Lunatic asylums Punjab 1881-1894 - 1881-1894
Year: 1881
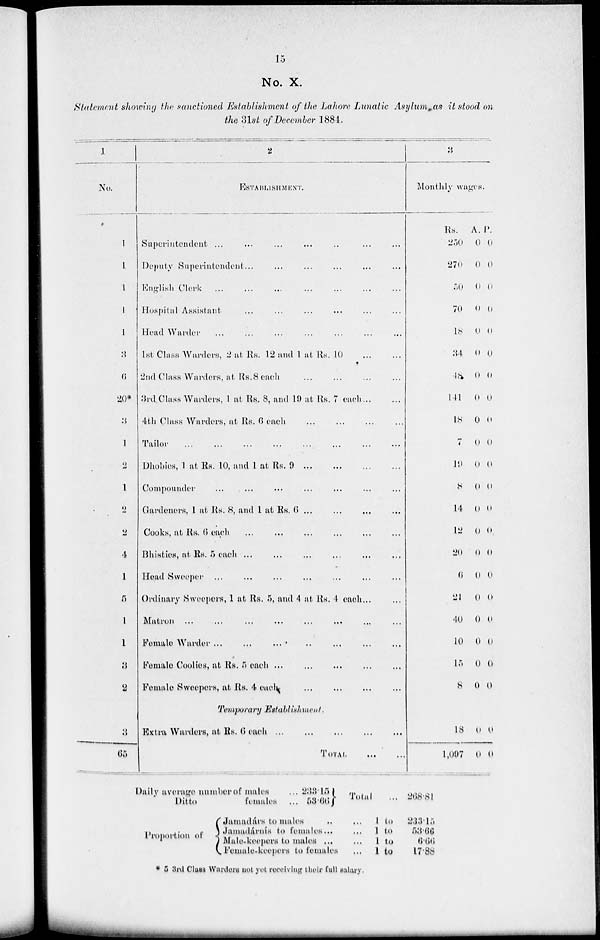
15
No. X.
Statement showing the sanctioned Establishment of the Lahore Lunatic Asylum as it stood on
the 31st of December 1884.
1
No.
1
1
1
1
1
3
6
20*
3
1
2
1
2
2
4
1
5
1
1
3
2
3
65
2
ESTABLISHMENT.
Superintendent ... ... ... ... ... ... ...
Deputy Superintendent... ... ... ... ... ...
English Clerk
...
...
...
...
...
...
...
Hospital Assistant ... ... ... ... ... ...
Head Warder
...
...
...
...
...
...
...
1st Class Warders, 2 at Rs. 12 and 1 at Rs. 10
...
...
2nd Class Warders, at Rs. 8 each ... ... ... ...
3rd Class Warders, 1 at Rs. 8, and 19 at Rs. 7
each... ...
4th Class Warders, at Rs. 6 each
...
...
...
...
Tailor
...
...
...
...
...
...
...
Dhobies, 1 at Rs. 10, and 1 at Rs. 9
...
...
...
...
Compounder ... ... ... ... ... ... ...
Gardeners, 1 at Rs. 8, and 1 at Rs. 6
...
...
...
...
Cooks, at Rs. 6 each
...
...
...
...
...
...
...
Bhisties, at Rs. 5 each
...
...
...
...
...
...
...
Head Sweeper
...
...
...
...
...
...
...
...
Ordinary Sweepers, 1 at Rs. 5, and 4 at Rs. 4
each... ...
Matron
...
...
...
...
...
...
...
Female
Warder
...
...
...
...
...
...
...
Female Coolies, at Rs. 5 each
...
...
...
...
...
Female Sweepers, at Rs. 4
each
...
...
...
...
3
Monthly wages.
Rs.
250
270
50
70
18
34
48
141
18
7
19
8
14
12
20
6
21
40
10
15
8
A.
0
0
0
0
0
0
0
0
0
0
0
0
0
0
0
0
0
0
0
0
0
P.
0
0
0
0
0
0
0
0
0
0
0
0
0
0
0
0
0
0
0
0
0
Temporary Establishment.
Extra Warders, at Rs. 6 each ... ... ... ... ...
TOTAL
...
...
18
1,097
0
0
0
0
Daily average number of males ...
Ditto
females ...
Proportion of
233.15
53.66
Jamadárs to males ...
Jamadárnis to females ...
5 Male-keepers to males ...
Female-keepers to females
Total
... 1 to
... 1 to
... 1 to
... 1 to
268.81
233.15
53.66
6.66
17.88
* 5 3rd Class Warders not yet receiving their full salary.